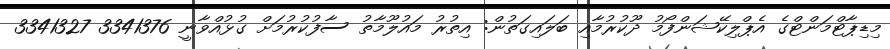
މިޑިޕާޓްމަންޓްގެ އެޕްލިކޭޝަންފޯމު ދޫކުރުމާއި ބަލައިގަތުން: އިތުރު މައުލޫމާތު ސާފުކުރުމަށް ގުޅުއްވާނީ 3341376 3341327